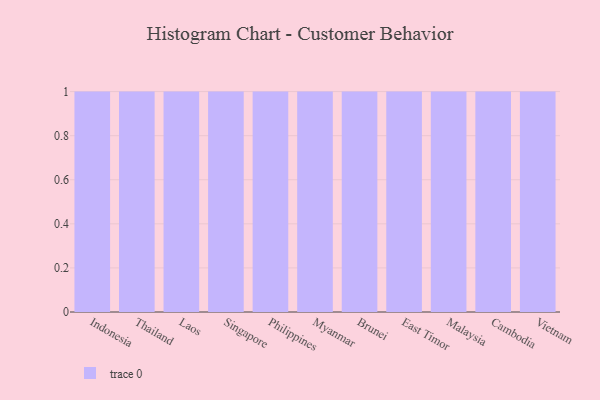
{"axis": {"x": "Country", "y": "Waste Production (Tons)"}, "legend": [""], "data": [{"x": "Indonesia", "y": 29, "type": ""}, {"x": "Thailand", "y": 72, "type": ""}, {"x": "Laos", "y": 56, "type": ""}, {"x": "Singapore", "y": 22, "type": ""}, {"x": "Philippines", "y": 33, "type": ""}, {"x": "Myanmar", "y": 74, "type": ""}, {"x": "Brunei", "y": 37, "type": ""}, {"x": "East Timor", "y": 77, "type": ""}, {"x": "Malaysia", "y": 45, "type": ""}, {"x": "Cambodia", "y": 22, "type": ""}, {"x": "Vietnam", "y": 24, "type": ""}]}